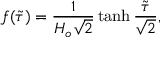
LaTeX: f ( \tilde { \tau } ) = \frac { 1 } { H _ { o } \sqrt { 2 } } \operatorname { t a n h } \frac { \tilde { \tau } } { \sqrt { 2 } } ,